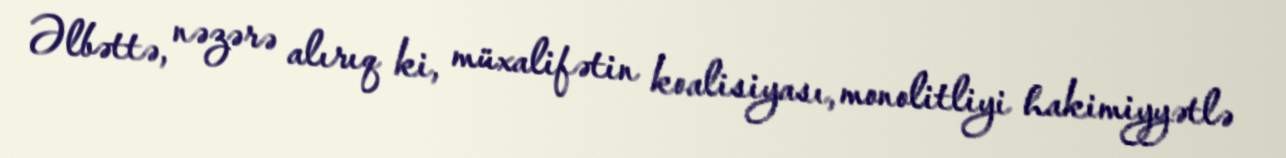
Əlbəttə, nəzərə alırıq ki, müxalifətin koalisiyası, monolitliyi hakimiyyətlə